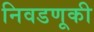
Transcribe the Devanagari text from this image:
निवडणूकी